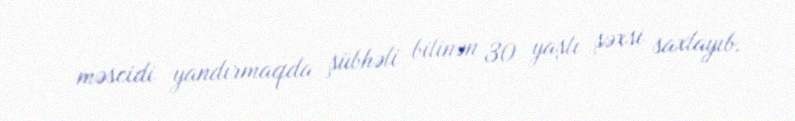
məscidi yandırmaqda şübhəli bilinən 30 yaşlı şəxsi saxlayıb.